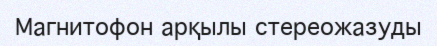
Магнитофон арқылы стереожазуды